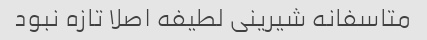
متاسفانه شیرینی لطیفه اصلا تازه نبود